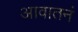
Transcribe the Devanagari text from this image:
आवातनं